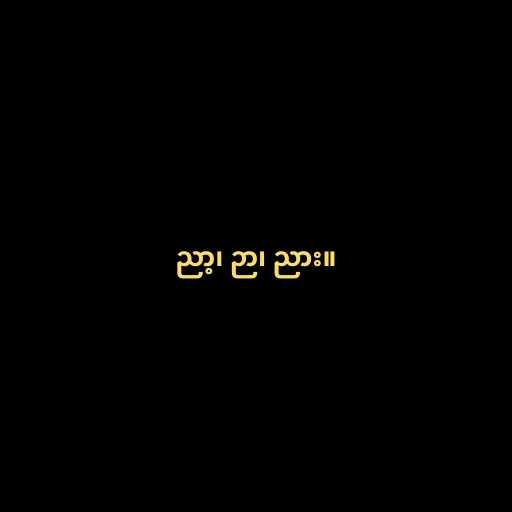
ညာ့၊ ဉာ၊ ညား။